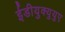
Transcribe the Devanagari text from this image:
ईडीयुक्युयुए